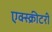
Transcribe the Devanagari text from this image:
एक्स्क्रीटरी